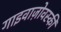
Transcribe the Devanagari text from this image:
गाइवाज़ोवस्की